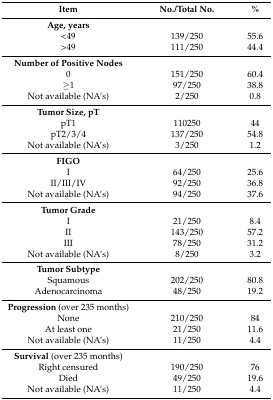
<table><thead><tr><td><b>Item</b></td><td><b>No./Total No.</b></td><td><b>%</b></td></tr></thead><tbody><tr><td><b>Age, years</b></td><td></td><td></td></tr><tr><td>&lt;49</td><td>139/250</td><td>55.6</td></tr><tr><td>&gt;49</td><td>111/250</td><td>44.4</td></tr><tr><td><b>Number of Positive Nodes</b></td><td></td><td></td></tr><tr><td>0</td><td>151/250</td><td>60.4</td></tr><tr><td>≥1</td><td>97/250</td><td>38.8</td></tr><tr><td>Not available (NA’s)</td><td>2/250</td><td>0.8</td></tr><tr><td><b>Tumor Size, pT</b></td><td></td><td></td></tr><tr><td>pT1</td><td>110250</td><td>44</td></tr><tr><td>pT2/3/4</td><td>137/250</td><td>54.8</td></tr><tr><td>Not available (NA’s)</td><td>3/250</td><td>1.2</td></tr><tr><td><b>FIGO</b></td><td></td><td></td></tr><tr><td>I</td><td>64/250</td><td>25.6</td></tr><tr><td>II/III/IV</td><td>92/250</td><td>36.8</td></tr><tr><td>Not available (NA’s)</td><td>94/250</td><td>37.6</td></tr><tr><td><b>Tumor Grade</b></td><td></td><td></td></tr><tr><td>I</td><td>21/250</td><td>8.4</td></tr><tr><td>II</td><td>143/250</td><td>57.2</td></tr><tr><td>III</td><td>78/250</td><td>31.2</td></tr><tr><td>Not available (NA’s)</td><td>8/250</td><td>3.2</td></tr><tr><td><b>Tumor Subtype</b></td><td></td><td></td></tr><tr><td>Squamous</td><td>202/250</td><td>80.8</td></tr><tr><td>Adenocarcinoma</td><td>48/250</td><td>19.2</td></tr><tr><td><b>Progression</b> (over 235 months)</td><td></td><td></td></tr><tr><td>None</td><td>210/250</td><td>84</td></tr><tr><td>At least one</td><td>21/250</td><td>11.6</td></tr><tr><td>Not available (NA’s)</td><td>11/250</td><td>4.4</td></tr><tr><td><b>Survival</b> (over 235 months)</td><td></td><td></td></tr><tr><td>Right censured</td><td>190/250</td><td>76</td></tr><tr><td>Died</td><td>49/250</td><td>19.6</td></tr><tr><td>Not available (NA’s)</td><td>11/250</td><td>4.4</td></tr></tbody></table>